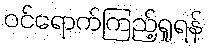
ဝင်ရောက်ကြည့်ရှုရန်